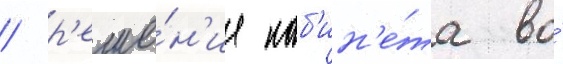
/ р'еше́н'ие каб'ин'е́та во́